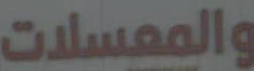
والمعسلات